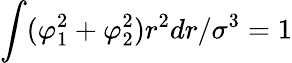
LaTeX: \int(\varphi_{1}^{2}+\varphi_{2}^{2})r^{2}dr/\sigma^{3}=1